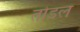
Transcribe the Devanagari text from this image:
तोडल